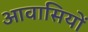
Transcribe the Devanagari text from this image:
आवासियों